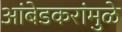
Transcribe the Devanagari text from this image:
आंबेडकरांमुळे